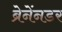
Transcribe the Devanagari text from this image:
ब्रेनेंनडर